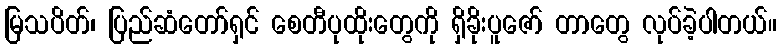
မြသပိတ်၊ ပြည်ဆံတော်ရှင် စေတီပုထိုးတွေကို ရှိခိုးပူဇော် တာတွေ လုပ်ခဲ့ပါတယ်။